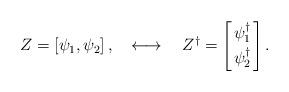
LaTeX: \begin{align*}Z=\left[\psi_1, \psi_2\right],\quad\longleftrightarrow\quad Z^\dagger=\left[{\psi_1^\dagger \atop \psi_2^\dagger}\right].\end{align*}